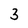
Character: 3